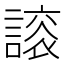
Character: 𧫀